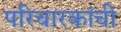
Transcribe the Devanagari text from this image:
परिचारकांची